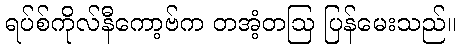
ရပ်စ်ကိုလ်နီကော့ဗ်က တအံ့တဩ ပြန်မေးသည်။